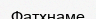
Фатхнаме